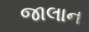
જાલાન